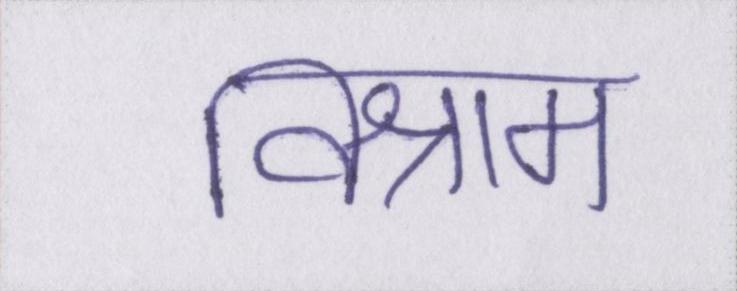
विश्राम